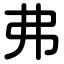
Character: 弗